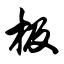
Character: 极